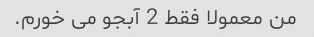
من معمولا فقط 2 آبجو می خورم.